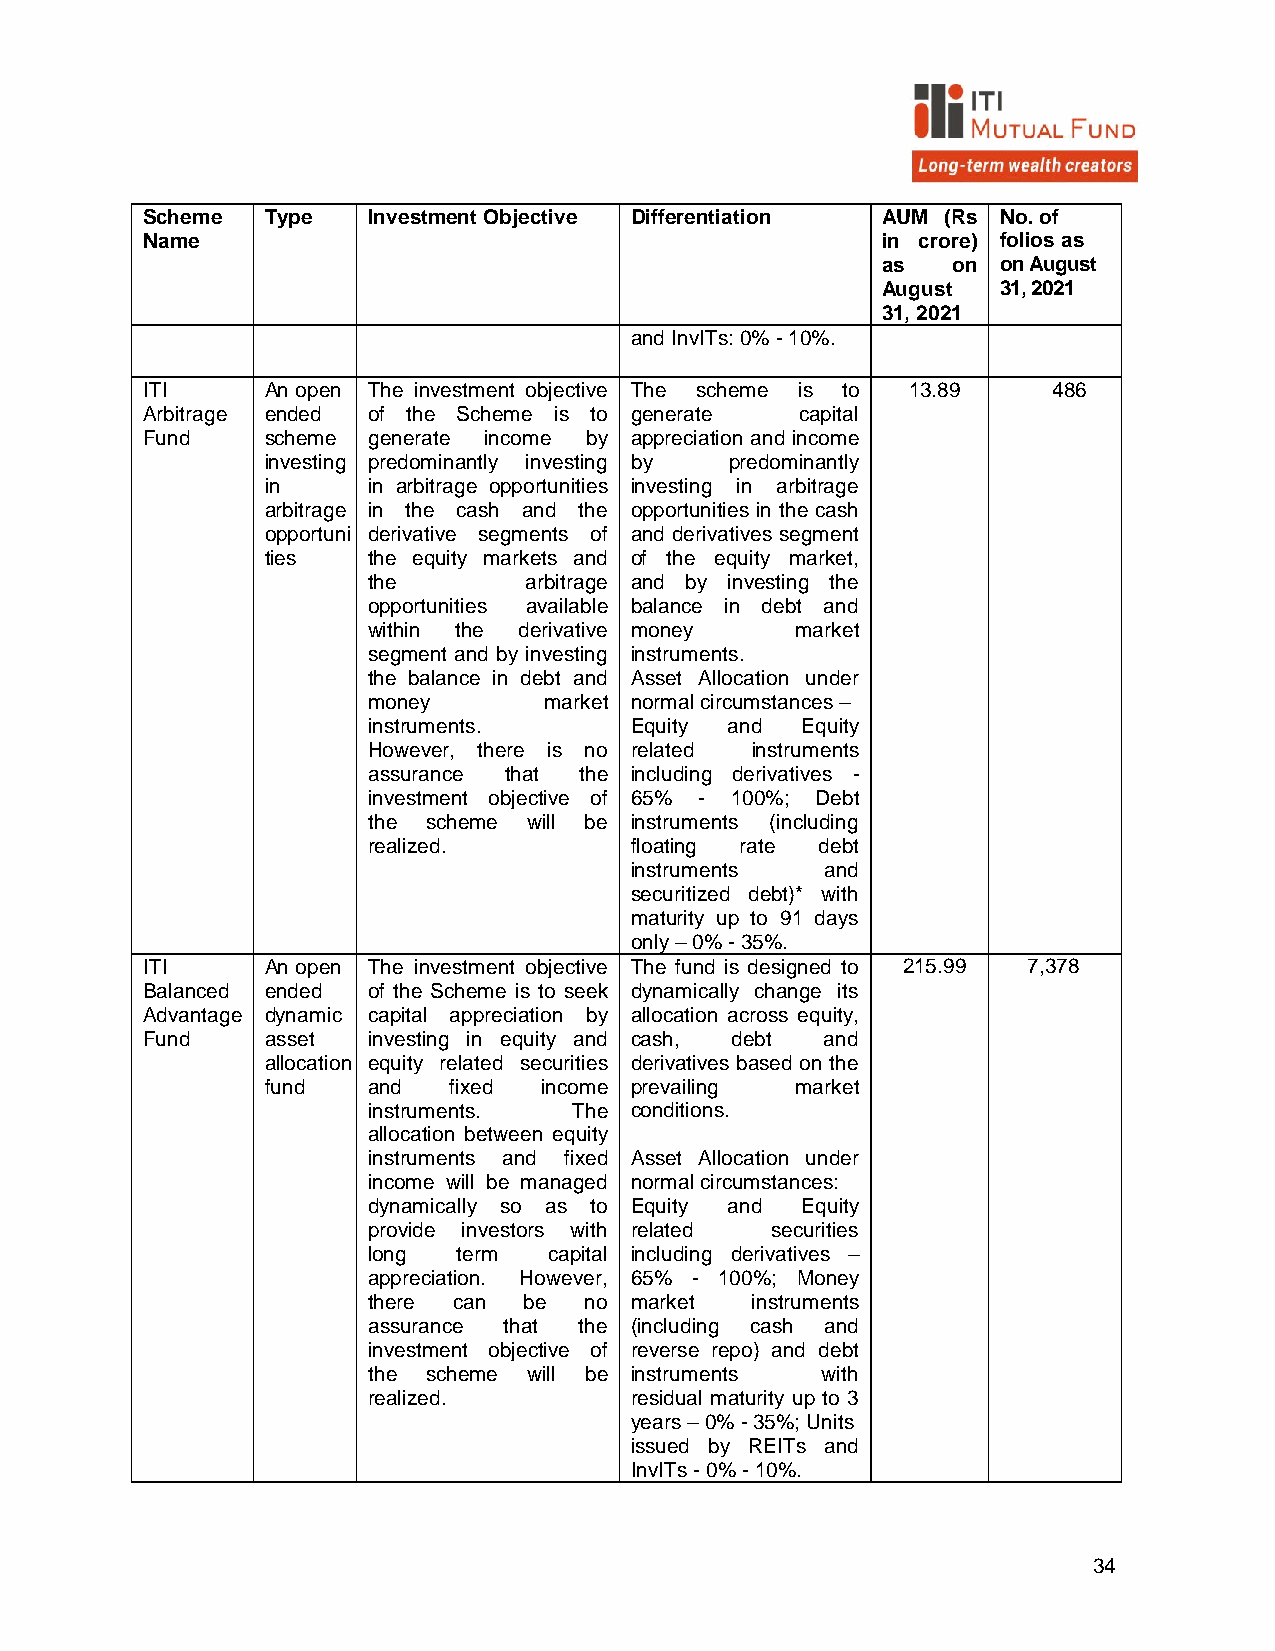
Scheme   Type  Investment Objective Differentiation AUM (Rs No. of
 Name                                             in crore) folios as
 as   on on August
 August  31, 2021
 31, 2021
 and InvITs: 0% - 10%.
 ITI      An open The investment objective The scheme is to 13.89 486
 Arbitrage ended of the Scheme is to generate capital
 Fund     scheme generate income by appreciation and income
 investing predominantly investing by predominantly
 in    in arbitrage opportunities investing in arbitrage
 arbitrage in the cash and the opportunities in the cash
 opportuni derivative segments of and derivatives segment
 ties  the equity markets and of the equity market,
 the        arbitrage and by investing the
 opportunities available balance in debt and
 within the derivative money  market
 segment and by investing instruments.
 the balance in debt and Asset Allocation under
 money       market normal circumstances –
 instruments.      Equity and Equity
 However, there is no related instruments
 assurance that the including derivatives -
 investment objective of 65% - 100%; Debt
 the scheme will be instruments (including
 realized.         floating rate debt
 instruments  and
 securitized debt)* with
 maturity up to 91 days
 only – 0% - 35%.
 ITI      An open The investment objective The fund is designed to 215.99 7,378
 Balanced ended of the Scheme is to seek dynamically change its
 Advantage dynamic capital appreciation by allocation across equity,
 Fund     asset investing in equity and cash, debt and
 allocation equity related securities derivatives based on the
 fund  and   fixed income prevailing market
 instruments.  The conditions.
 allocation between equity
 instruments and fixed Asset Allocation under
 income will be managed normal circumstances:
 dynamically so as to Equity and Equity
 provide investors with related securities
 long  term  capital including derivatives –
 appreciation. However, 65% - 100%; Money
 there can  be  no market  instruments
 assurance that the (including cash and
 investment objective of reverse repo) and debt
 the scheme will be instruments with
 realized.         residual maturity up to 3
 years – 0% - 35%; Units
 issued by REITs and
 InvITs - 0% - 10%.
 34